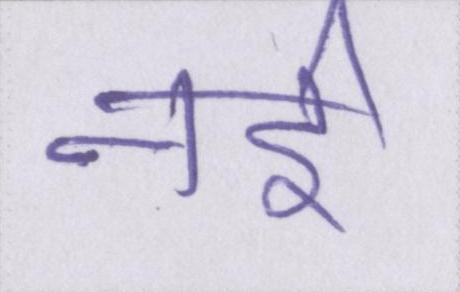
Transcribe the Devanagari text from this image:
नर्इ